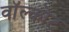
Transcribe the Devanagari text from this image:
वॉल्कोट